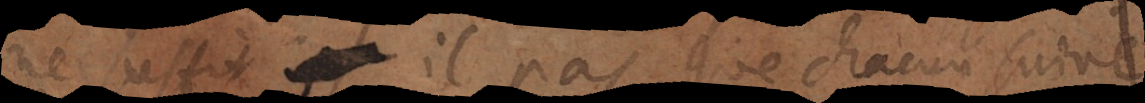
ne suffit il pas que chacun suive